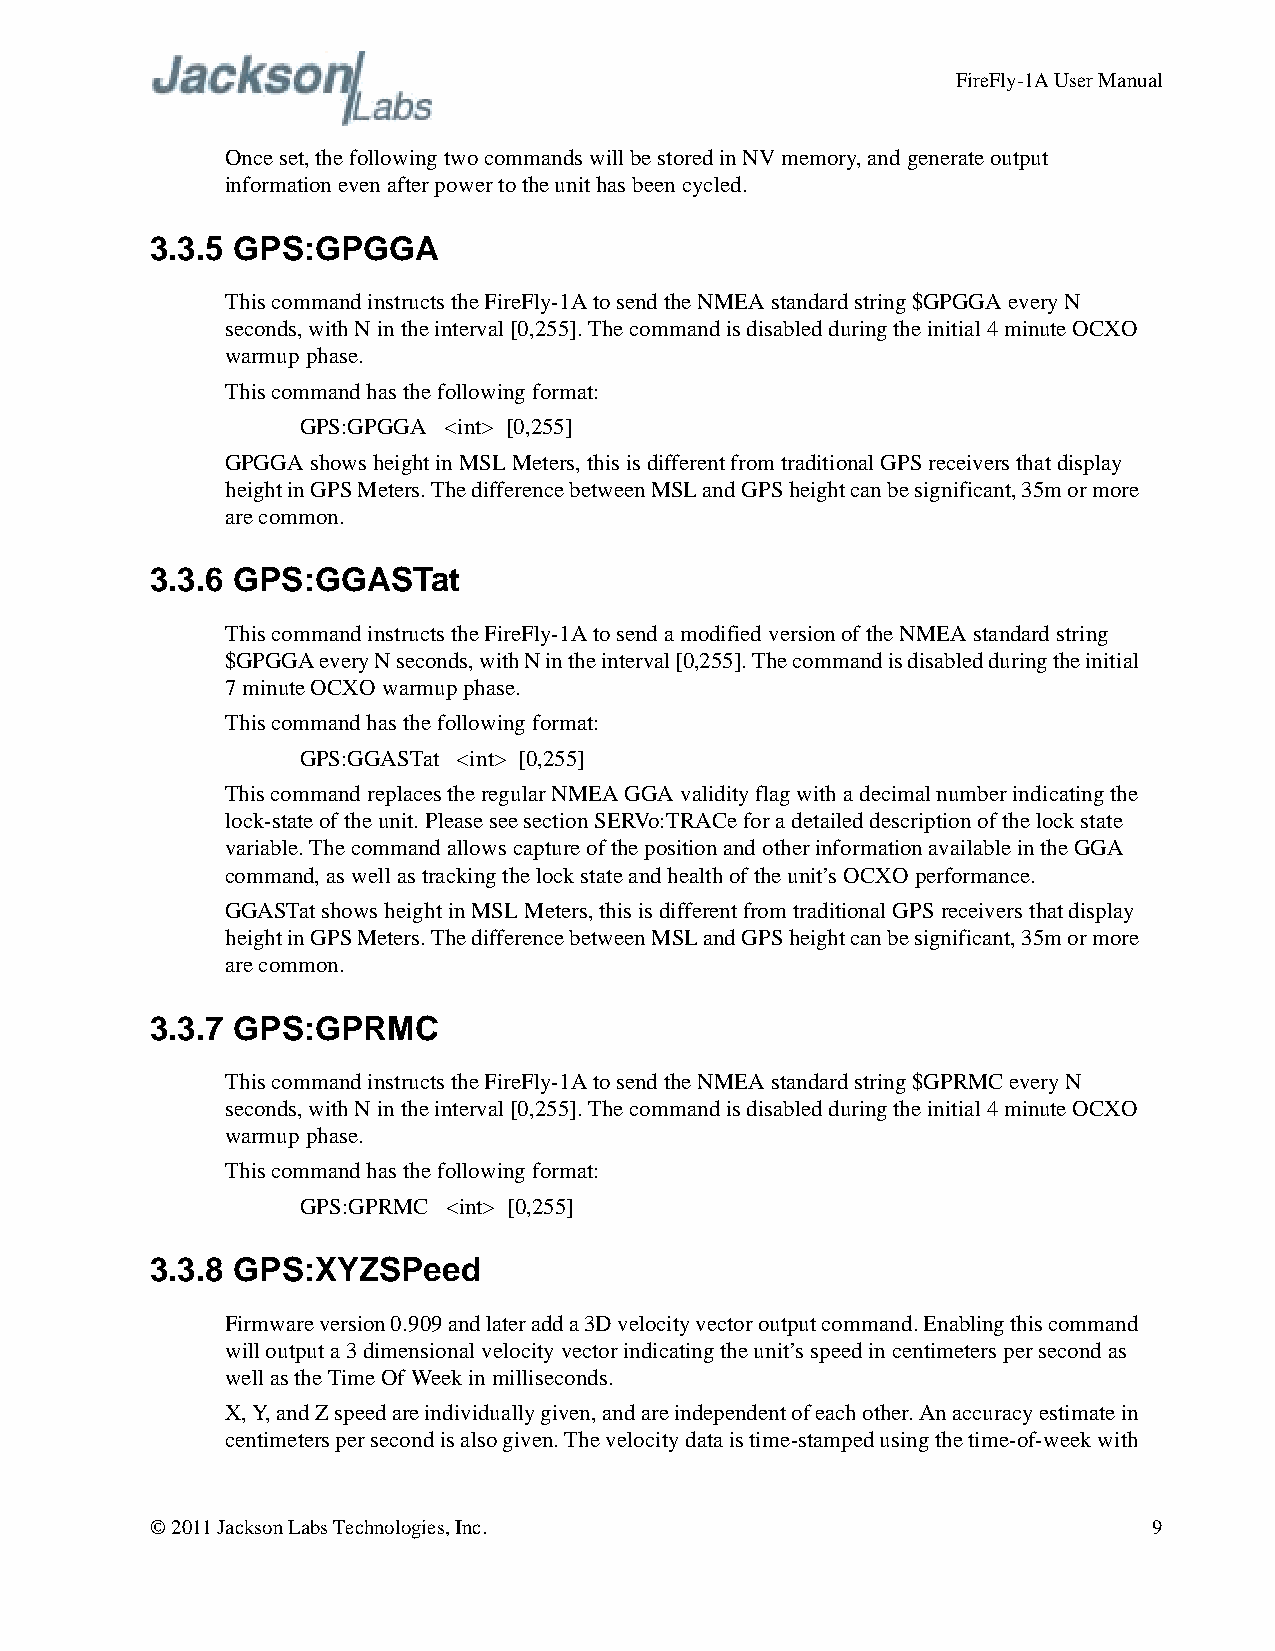
FireFly-1A User Manual
 Once set, the following two commands will be stored in NV memory, and generate output
 information even after power to the unit has been cycled.
 3.3.5 GPS:GPGGA
 This command instructs the FireFly-1A to send the NMEA standard string $GPGGA every N
 seconds, with N in the interval [0,255]. The command is disabled during the initial 4 minute OCXO
 warmup phase.
 This command has the following format:
 GPS:GPGGA <int> [0,255]
 GPGGA shows height in MSL Meters, this is different from traditional GPS receivers that display
 height in GPS Meters. The difference between MSL and GPS height can be significant, 35m or more
 are common.
 3.3.6 GPS:GGASTat
 This command instructs the FireFly-1A to send a modified version of the NMEA standard string
 $GPGGA every N seconds, with N in the interval [0,255]. The command is disabled during the initial
 7 minute OCXO warmup phase.
 This command has the following format:
 GPS:GGASTat <int> [0,255]
 This command replaces the regular NMEA GGA validity flag with a decimal number indicating the
 lock-state of the unit. Please see section SERVo:TRACe for a detailed description of the lock state
 variable. The command allows capture of the position and other information available in the GGA
 command, as well as tracking the lock state and health of the unit’s OCXO performance.
 GGASTat shows height in MSL Meters, this is different from traditional GPS receivers that display
 height in GPS Meters. The difference between MSL and GPS height can be significant, 35m or more
 are common.
 3.3.7 GPS:GPRMC
 This command instructs the FireFly-1A to send the NMEA standard string $GPRMC every N
 seconds, with N in the interval [0,255]. The command is disabled during the initial 4 minute OCXO
 warmup phase.
 This command has the following format:
 GPS:GPRMC <int> [0,255]
 3.3.8 GPS:XYZSPeed
 Firmware version 0.909 and later add a 3D velocity vector output command. Enabling this command
 will output a 3 dimensional velocity vector indicating the unit’s speed in centimeters per second as
 well as the Time Of Week in milliseconds.
 X, Y, and Z speed are individually given, and are independent of each other. An accuracy estimate in
 centimeters per second is also given. The velocity data is time-stamped using the time-of-week with
 © 2011 Jackson Labs Technologies, Inc.                            9